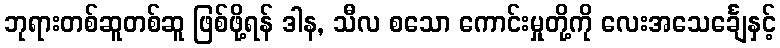
ဘုရားတစ်ဆူတစ်ဆူ ဖြစ်ဖို့ရန် ဒါန, သီလ စသော ကောင်းမှုတို့ကို လေးအသေင်္ချေနှင့်